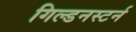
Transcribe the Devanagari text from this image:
गिल्डनस्टर्न